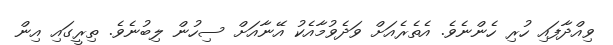
ވިއްދާފައި ހުރި ހެންނެވެ. އެތެރެއަށް ވަދެވުމާއެކު އޭނާއަށް ސިހުން ލިބުނެވެ. ތިރީގައި އިން